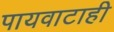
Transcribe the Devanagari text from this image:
पायवाटाही